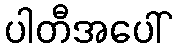
ပါတီအပေါ်